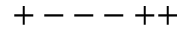
+ --- + +